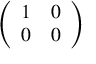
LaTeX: \left( \begin{array} { l l } { 1 } & { 0 } \\ { 0 } & { 0 } \end{array} \right)